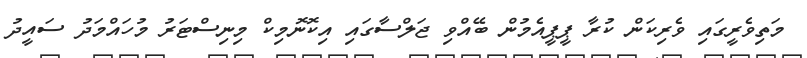
މަތިވެރީގައި ވެރިކަން ކުރާ ޕީޕީއެމުން ބޭއްވި ޖަލްސާގައި އިކޮނޮމިކް މިނިސްޓަރު މުހައްމަދު ސައީދު